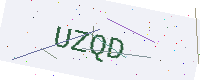
Text: UZQD